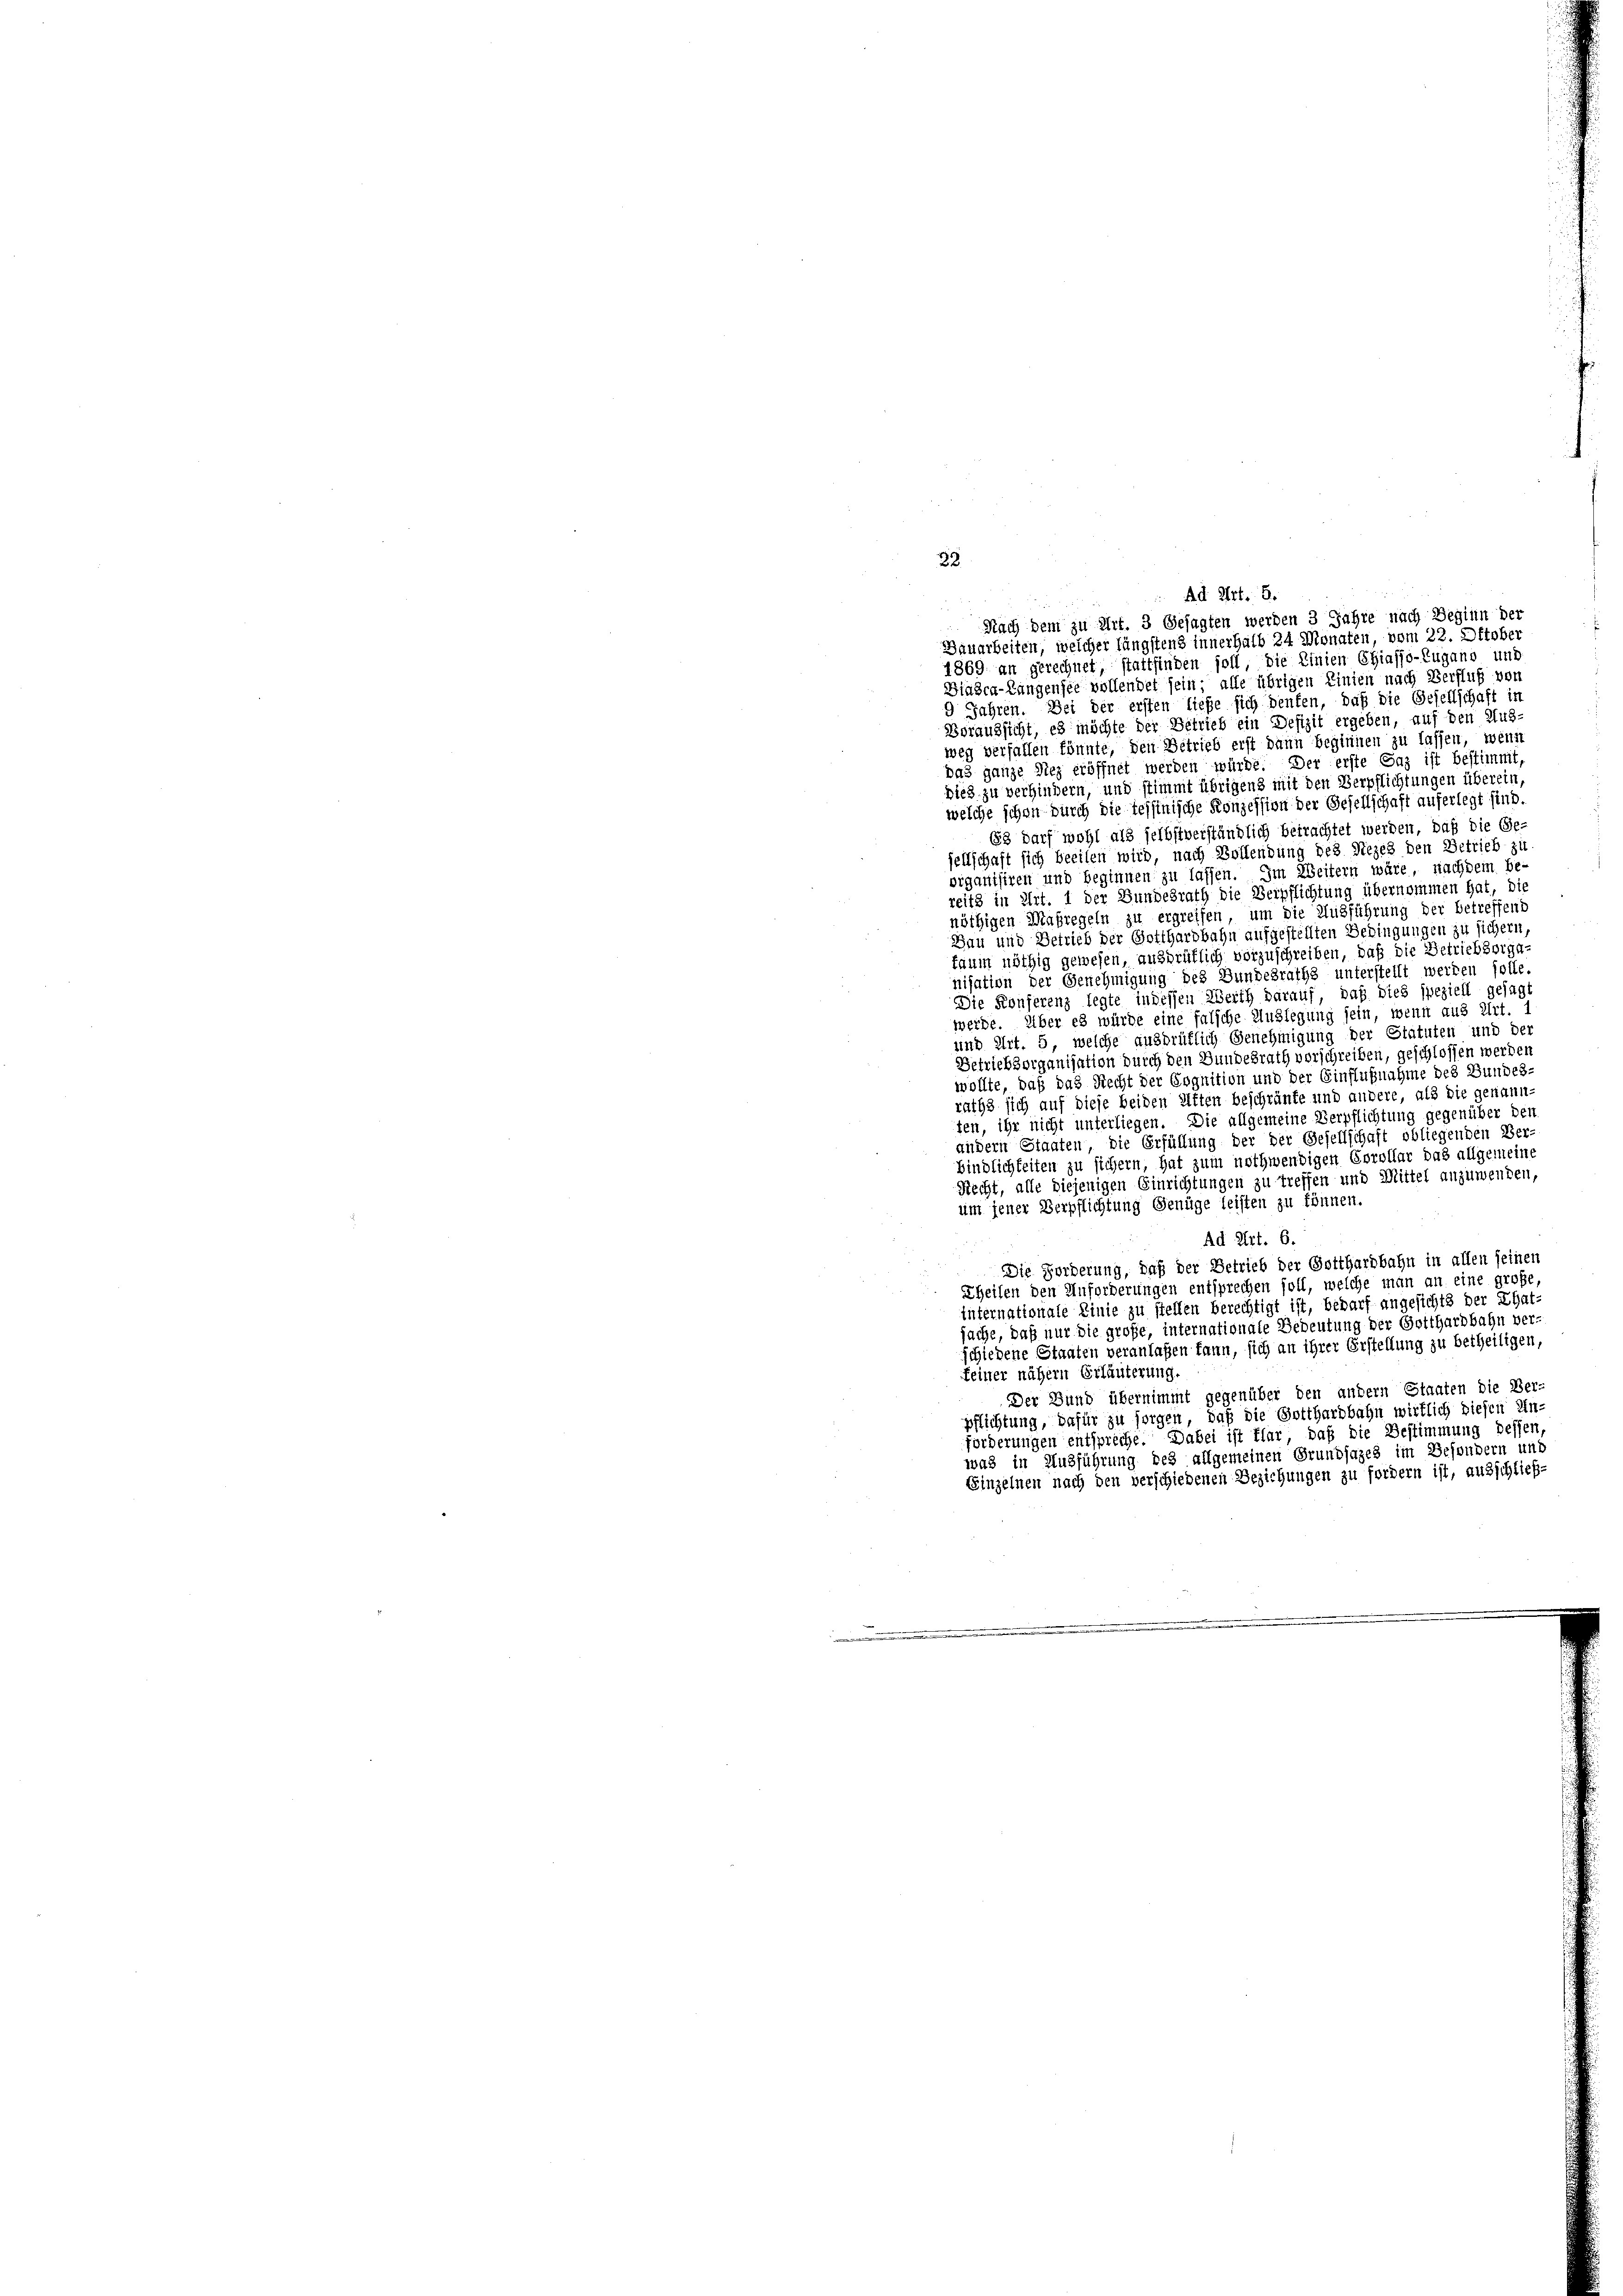
82

Ad Art. 5.

Nach dem zu Art. 3 Gesagten werden 3 Jahre nach Beginn der
Dauarbeiten, welcher längstens innerhalb 24 Monaten, vom 22. Oktober
1869 an gerechnet, stattfinden soll, die Linien Chiasso-Zugano und
Biasca-Langensee vollendet sein; alle übrigen Linien nach Verfluß von
9 Jahren. Bei der ersten liefe sich denken, daß die Gesellschaft in
Voraussicht, es möchte der Betrieb ein Defizit ergeben, auf den Aus-
weg verfallen könnte, den Betrieb erst dann beginnen zu lassen, wenn
das ganze Diez eröffnet werden würde. Der erste Saz ist bestimmt,
dies zu verhindern, und stimmt übrigens mit den Verpflichtungen überein,
welche schon durch die Tessinische Konzession der Gesellschaft auferlegt sind.
63 darf wohl als selbstverständlich betrachtet werden, daß die Ge-
sellschaft sich beeilen wird, nach Vollendung des Rezes den Betrieb zu
organisiren und beginnen zu lassen. Im Weitern wäre, nachdem be-
reits in Art. 1 der Gundesrath die Verpflichtung übernommen hat, die
nöthigen Maßregeln zu ergreifen, um die Ausführung der betreffend
Bau und Betrieb der Gotthardbahn aufgestellten Bedingungen zu sichern,
faum nöthig gewesen, ausbrüflich vorzuschreiben, daß die Betriebsorga-
nisation der Genehmigung des Bundesraths unterstellt werden solle.
Die Konferenz legte indessen Werth darauf, daß dies speziell gesagwerde. Über es würde eine falsche Auslegung sein, wenn aus Art.
und Art. 5, welche ausbrütlich Genehmigung der Statuten und der
Betriebsorganisation durch den Bundesrath vorschreiben, geschlossen werden
wollte, daß das Recht der Cognition und der Einflußnahme des Bundes
raths sich auf diese beiden Ritten beschränke und andere, als die genann-
ten, ihr nicht unterliegen. Die allgemeine Verpflichtung gegenüber den
andern Staaten, die Erfüllung der der Gesellschaft obliegenden Ver-
bindlichkeiten zu sichern, hat zum nothwendigen Corollar das allgemeine
Recht, alle diejenigen Einrichtungen zu treffen und Mittel anzuwenden,
um jener Verpflichtung Genüge leisten zu können.
Ad Art. 6.
Die Forderung, daß der Betrieb der Gotthardbahn in allen seinen
Theilen den Anforderungen entsprechen soll, welche man an eine große,
internationale Linie zu stellen berechtigt ist, bedarf angesichts der That-
sache, daß nur die große, internationale Bedeutung der Gotthardbahn ver
schiedene Staaten veranlaßen kann, sich an ihrer Erstellung zu betheiligen,
keiner nähern Erläuterung.
Der Bund übernimmt gegenüber den andern Staaten die Ver-
pflichtung, dafür zu sorgen, daß die Gotthardbahn wirtlich diesen Un-
forderungen entspreche. Dabei ist klar, daß die Bestimmung dessen,
was in Ausführung des allgemeinen Grundsazes im Besondern und
Einzelnen nach den verschiedenen Beziehungen zu fordern ist, ausschließ-